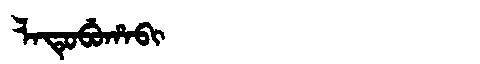
Manchu: ᠯᠠᡨᡠᠪᡠᡥᠠᠪᡳ
Romanization: LATUBUHABI